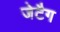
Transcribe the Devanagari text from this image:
जेटैग